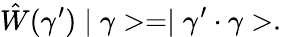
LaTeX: \hat{W}(\gamma^{\prime})\mid\gamma>=\mid\gamma^{\prime}\cdot\gamma>.